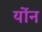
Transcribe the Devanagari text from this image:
योंन